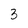
Character: 3